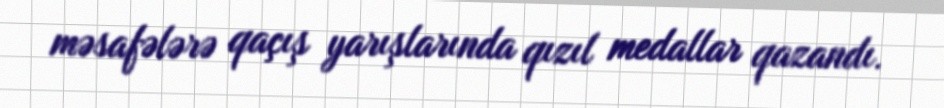
məsafələrə qaçış yarışlarında qızıl medallar qazandı.